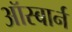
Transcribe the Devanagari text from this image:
ऑस्बार्न